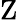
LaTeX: \mathrm{Z}